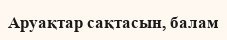
Аруақтар сақтасын, балам